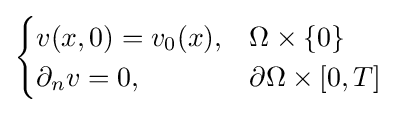
{\begin{cases}v(x,0)=v_{0}(x),&\Omega \times \{0\}\\\partial _{n}v=0,&\partial \Omega \times [0,T]\\\end{cases}}